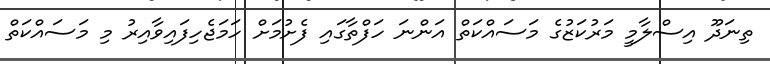
ތިނަދޫ އިސްލާމީ މަރުކަޒުގެ މަސައްކަތް އަންނަ ހަފްތާގައި ފެށުމަށް ހަމަޖެހިފައިވާއިރު މި މަސައްކަތް